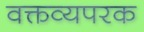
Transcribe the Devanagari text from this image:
वक्तव्यपरक